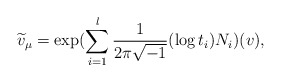
\begin{align*}\widetilde{v}_{\mu}=\exp(\sum_{i=1}^{l}\frac{1}{2\pi\sqrt{-1}}(\log t_i)N_i)(v),\end{align*}